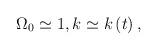
LaTeX: \begin{align*}\Omega _{0}\simeq 1,k\simeq k\left( t\right) , \end{align*}